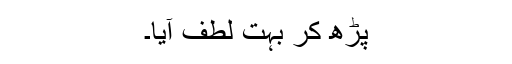
پڑھ کر بہت لطف آیا۔